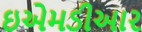
ઇએમડીઆર